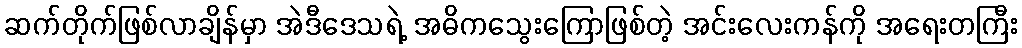
ဆက်တိုက်ဖြစ်လာချိန်မှာ အဲဒီဒေသရဲ့ အဓိကသွေးကြောဖြစ်တဲ့ အင်းလေးကန်ကို အရေးတကြီး